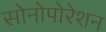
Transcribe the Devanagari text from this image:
सोनोपोरेशन